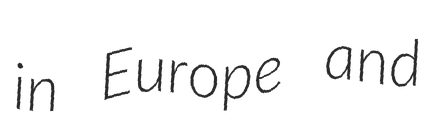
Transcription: in Europe and